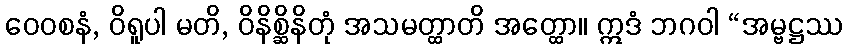
ဝေဝစနံ, ဝိရူပါ မတိ, ဝိနိစ္ဆိနိတုံ အသမတ္ထာတိ အတ္ထော။ ဣဒံ ဘဂဝါ “အမ္ဗဋ္ဌဿ